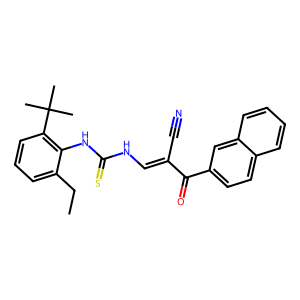
SMILES: CCc1cccc(C(C)(C)C)c1NC(=S)NC=C(C#N)C(=O)c1ccc2ccccc2c1
Inhibits HIV replication: No